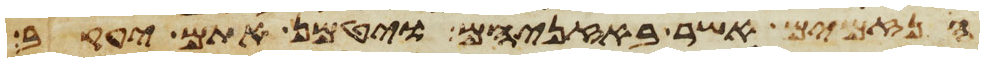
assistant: הנזמים אשר באזניהם ויטמן אתם יעקב